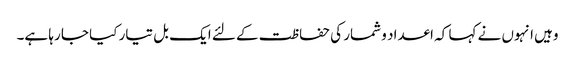
وہیں انہوں نے کہا کہ اعداد و شمار کی حفاظت کے لئے ایک بل تیار کیا جا رہا ہے۔